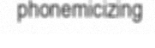
phonemicizing